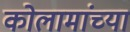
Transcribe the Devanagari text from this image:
कोलामांच्या